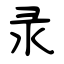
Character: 录